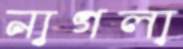
নাগলা